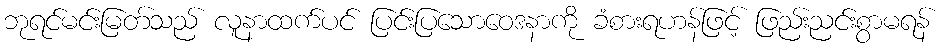
ဘုရင်မင်းမြတ်သည် လူနာထက်ပင် ပြင်းပြသောဝေဒနာကို ခံစားရဟန်ဖြင့် ဖြည်းညင်းစွာမရန်